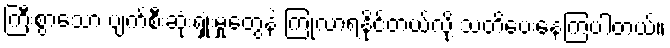
ကြီးစွာသော ပျက်စီးဆုံးရှုံးမှုတွေနဲ့ ကြုံလာရနိုင်တယ်လို့ သတိပေးနေကြပါတယ်။